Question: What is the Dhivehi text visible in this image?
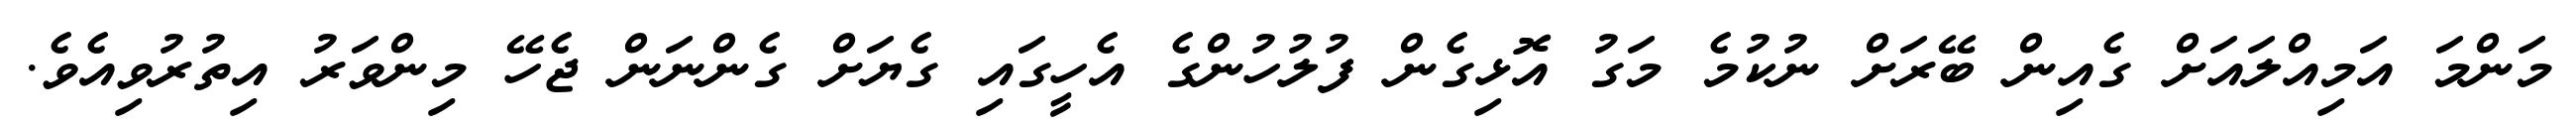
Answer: މަންމަ އަމިއްލައަށް ގެއިން ބޭރަށް ނުކުމެ މަގު އޮޅިގެން ފުލުހުންގެ އެހީގައި ގެޔަށް ގެންނަން ޖެހޭ މިންވަރު އިތުރުވިއެވެ.